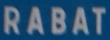
RABAT